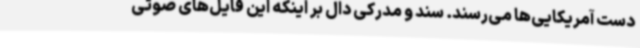
دست آمریکایی‌ها می‌رسند. سند و مدرکی دال بر اینکه این فایل‌های صوتی